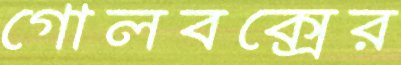
গোলবক্সের